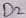
Text: D2